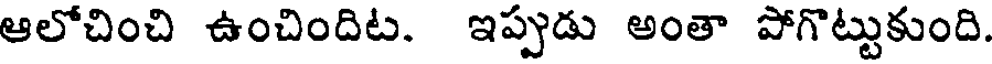
ఆలోచించి ఉంచిందిట. ఇప్పుడు అంతా పోగొట్టుకుంది.